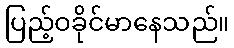
ပြည့်ဝခိုင်မာနေသည်။